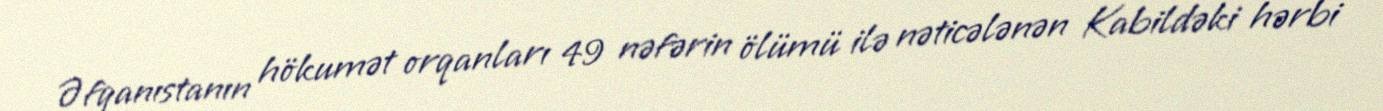
Əfqanıstanın hökumət orqanları 49 nəfərin ölümü ilə nəticələnən Kabildəki hərbi